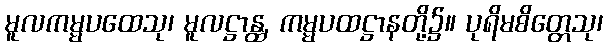
မူလကမ္မပထေသု၊ မူလဋ္ဌာန္ထ, ကမ္မပထဋ္ဌာနတို့၌။ ပုရိမစိတ္တေသု၊